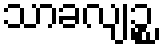
သာခလျဉ္စ